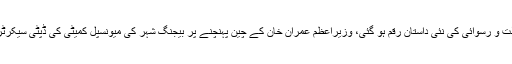
پاکستان کے دوست ملک چین میں ذلت و رسوائی کی نئی داستان رقم ہو گئی، وزیراعظم عمران خان کے چین پہنچنے پر بیجنگ شہر کی میونسپل کمیٹی کی ڈپٹی سیکرٹری کو استقبال کے لئے بھیج دیا گیا۔